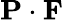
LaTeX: {\mathbf{P}}\cdot{\mathbf{F}}